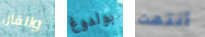
والقال بولدوغ أنتهت